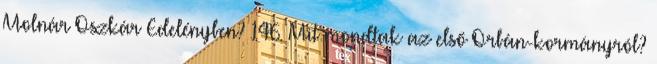
Molnár Oszkár Edelényben? 146. Mit mondtak az első Orbán-kormányról?